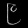
Digit: ၉